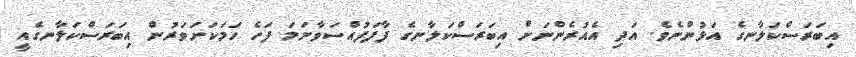
އިބަރަސްކަލާނގެ އަޅުންނެވެ. އަދި އެއުރެންނަށް އިބަރަސްކަލާނގެ ފާފަފުއްސަވާނަމަ ފަހެ ހަމަކަށަވަރުން އިބަރަސްކަލާނގެއީ